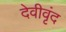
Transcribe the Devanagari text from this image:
देवीवृंद